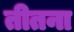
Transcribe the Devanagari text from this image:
तीतना